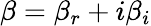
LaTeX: \beta=\beta_{r}+i\beta_{i}